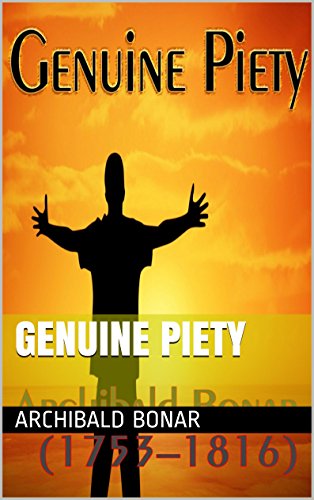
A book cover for Genuine Piety; Archibald Bonar; Christian Books & Bibles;